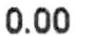
0.00